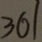
3 6 1